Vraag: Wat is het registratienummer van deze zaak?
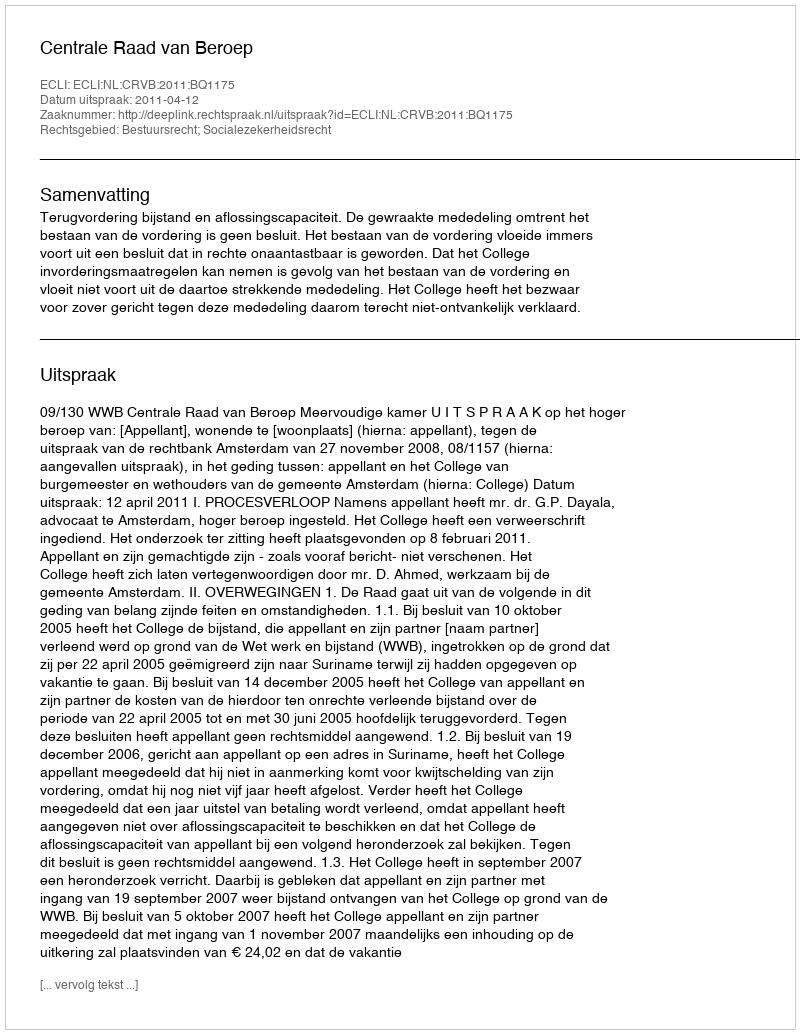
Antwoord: http://deeplink.rechtspraak.nl/uitspraak?id=ECLI:NL:CRVB:2011:BQ1175